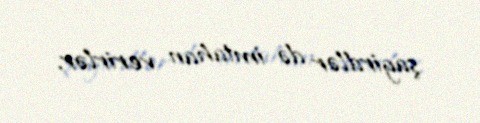
şagirdlər də imtahan verirlər.